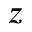
z